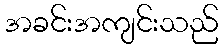
အခင်းအကျင်းသည်